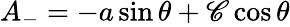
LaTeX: A_{-}=-a\sin\theta+\mathscr{C}\cos\theta